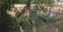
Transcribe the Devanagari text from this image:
बथर